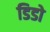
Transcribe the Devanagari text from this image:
डिडो